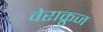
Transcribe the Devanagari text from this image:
वेराक्रुज